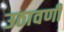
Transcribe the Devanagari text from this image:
उठावणी